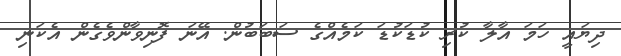
ދިޔައީ ހަމަ އާލާ ކުރި ކުޑަކުޑަ ކަމެއްގެ ސަބަބުން. އޭނަ ފޮނިވާންވެގެން އެކަނި